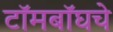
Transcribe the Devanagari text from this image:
टॉमबॉघचे